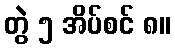
တွဲ ၅ အိပ်စင် ၈။